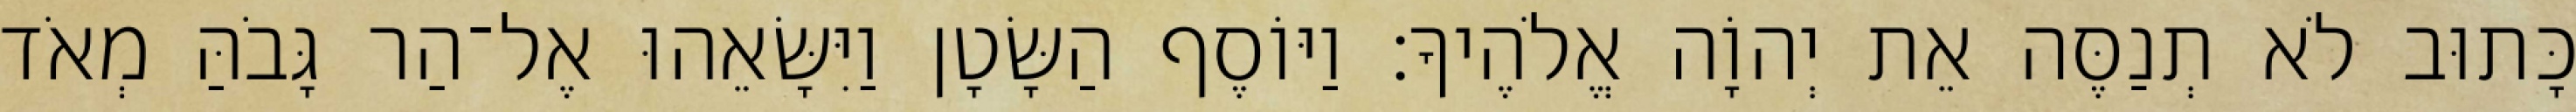
כָּתוּב לֹא תְנַסֶּה אֵת יְהוָֹה אֱלֹהֶיךָ׃ וַיּוֹסֶף הַשָּׂטָן וַיִּשָּׂאֵהוּ אֶל־הַר גָּבֹהַּ מְאֹד